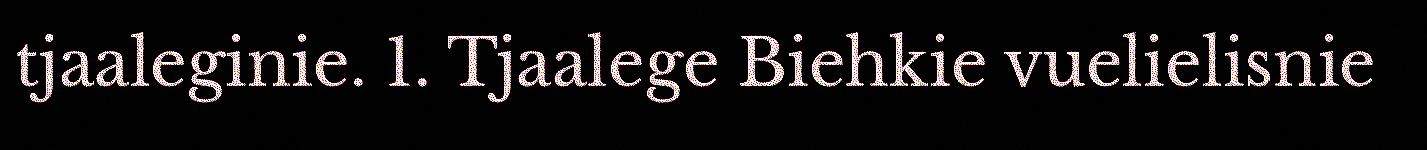
tjaaleginie. 1. Tjaalege Biehkie vuelielisnie